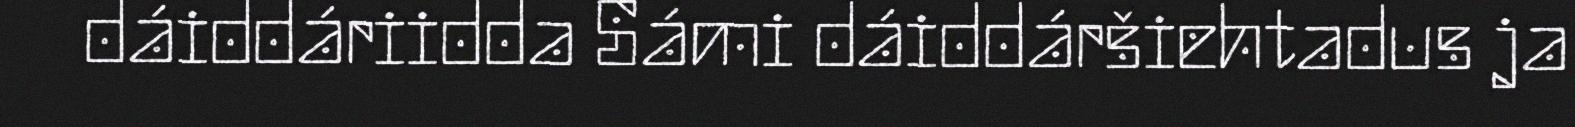
dáiddáriidda Sámi dáiddáršiehtadus ja